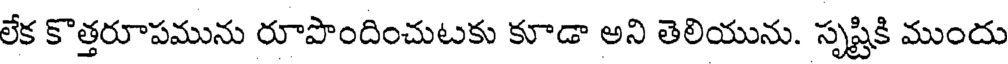
లేక కొత్తరూపమును రూపొందించుటకు కూడా అని తెలియును. సృష్టికి ముందు